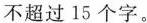
不超过15个字。